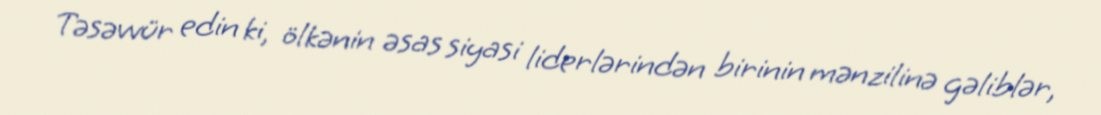
Təsəvvür edin ki, ölkənin əsas siyasi liderlərindən birinin mənzilinə gəliblər,